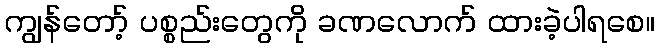
ကျွန်တော့် ပစ္စည်းတွေကို ခဏလောက် ထားခဲ့ပါရစေ။